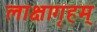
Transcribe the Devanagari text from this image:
लाक्षागृहम्